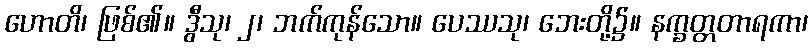
ဟောတိ၊ ဖြစ်၏။ ဒွီသု၊ ၂၊ ဘက်ကုန်သော။ ပေဿသု၊ ဘေးတို့၌။ နက္ခတ္တတာရကာ၊